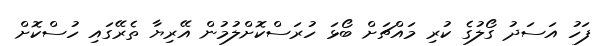
ފަހު އަސަދު ގޯލުގެ ކުރި މައްޗަށް ބޯޅަ ހުރަސްކޮށްލުމުން އޭރިޔާ ތެރޭގައި ހުސްކޮށް